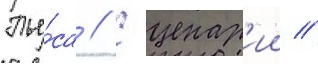
Пье́са // Сценар'ии //